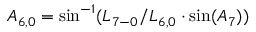
{ A _ { 6 , 0 } } = \sin ^ { - 1 } ( { L _ { 7 - 0 } } / { L _ { 6 , 0 } } \cdot \sin ( { A _ { 7 } } ) )